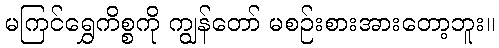
မကြင်ရွှေကိစ္စကို ကျွန်တော် မစဉ်းစားအားတော့ဘူး။